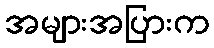
အများအပြားက